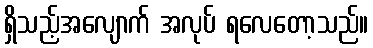
ရှိသည့်အလျောက် အလုပ် ရလေတော့သည်။